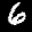
Label: 6